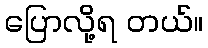
ပြောလို့ရ တယ်။